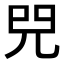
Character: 𠒅